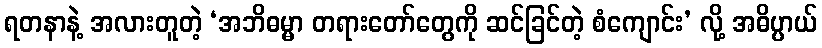
ရတနာနဲ့ အလားတူတဲ့ ‘အဘိဓမ္မာ တရားတော်တွေကို ဆင်ခြင်တဲ့ စံကျောင်း’ လို့ အဓိပ္ပာယ်